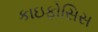
કાઇફોસિસ